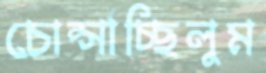
চোপ্‌সাচ্ছিলুম